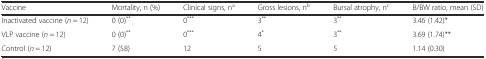
<table><thead><tr><td><b>Vaccine</b></td><td><b>Mortality, n (%)</b></td><td><b>Clinical signs, n<sup>a</sup></b></td><td><b>Gross lesions, n<sup>b</sup></b></td><td><b>Bursal atrophy, n<sup>c</sup></b></td><td><b>B/BW ratio, mean (SD)</b></td></tr></thead><tbody><tr><td>Inactivated vaccine (<i>n</i> = 12)</td><td>0 (0)<sup>**</sup></td><td>0<sup>***</sup></td><td>3<sup>**</sup></td><td>3<sup>**</sup></td><td>3.46 (1.42)*</td></tr><tr><td>VLP vaccine (<i>n</i> = 12)</td><td>0 (0)<sup>**</sup></td><td>0<sup>***</sup></td><td>4<sup>*</sup></td><td>3<sup>**</sup></td><td>3.69 (1.74)**</td></tr><tr><td>Control (<i>n</i> = 12)</td><td>7 (58)</td><td>12</td><td>5</td><td>5</td><td>1.14 (0.30)</td></tr></tbody></table>